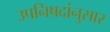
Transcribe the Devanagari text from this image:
उपनिषदांनुसार